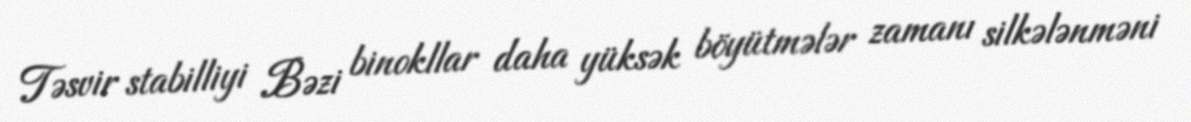
Təsvir stabilliyi Bəzi binokllar daha yüksək böyütmələr zamanı silkələnməni